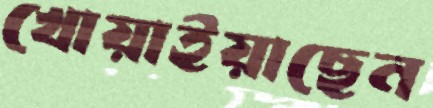
খোয়াইয়াছেন